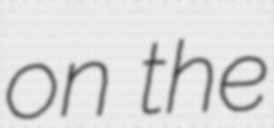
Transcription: on the